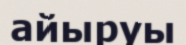
айыруы